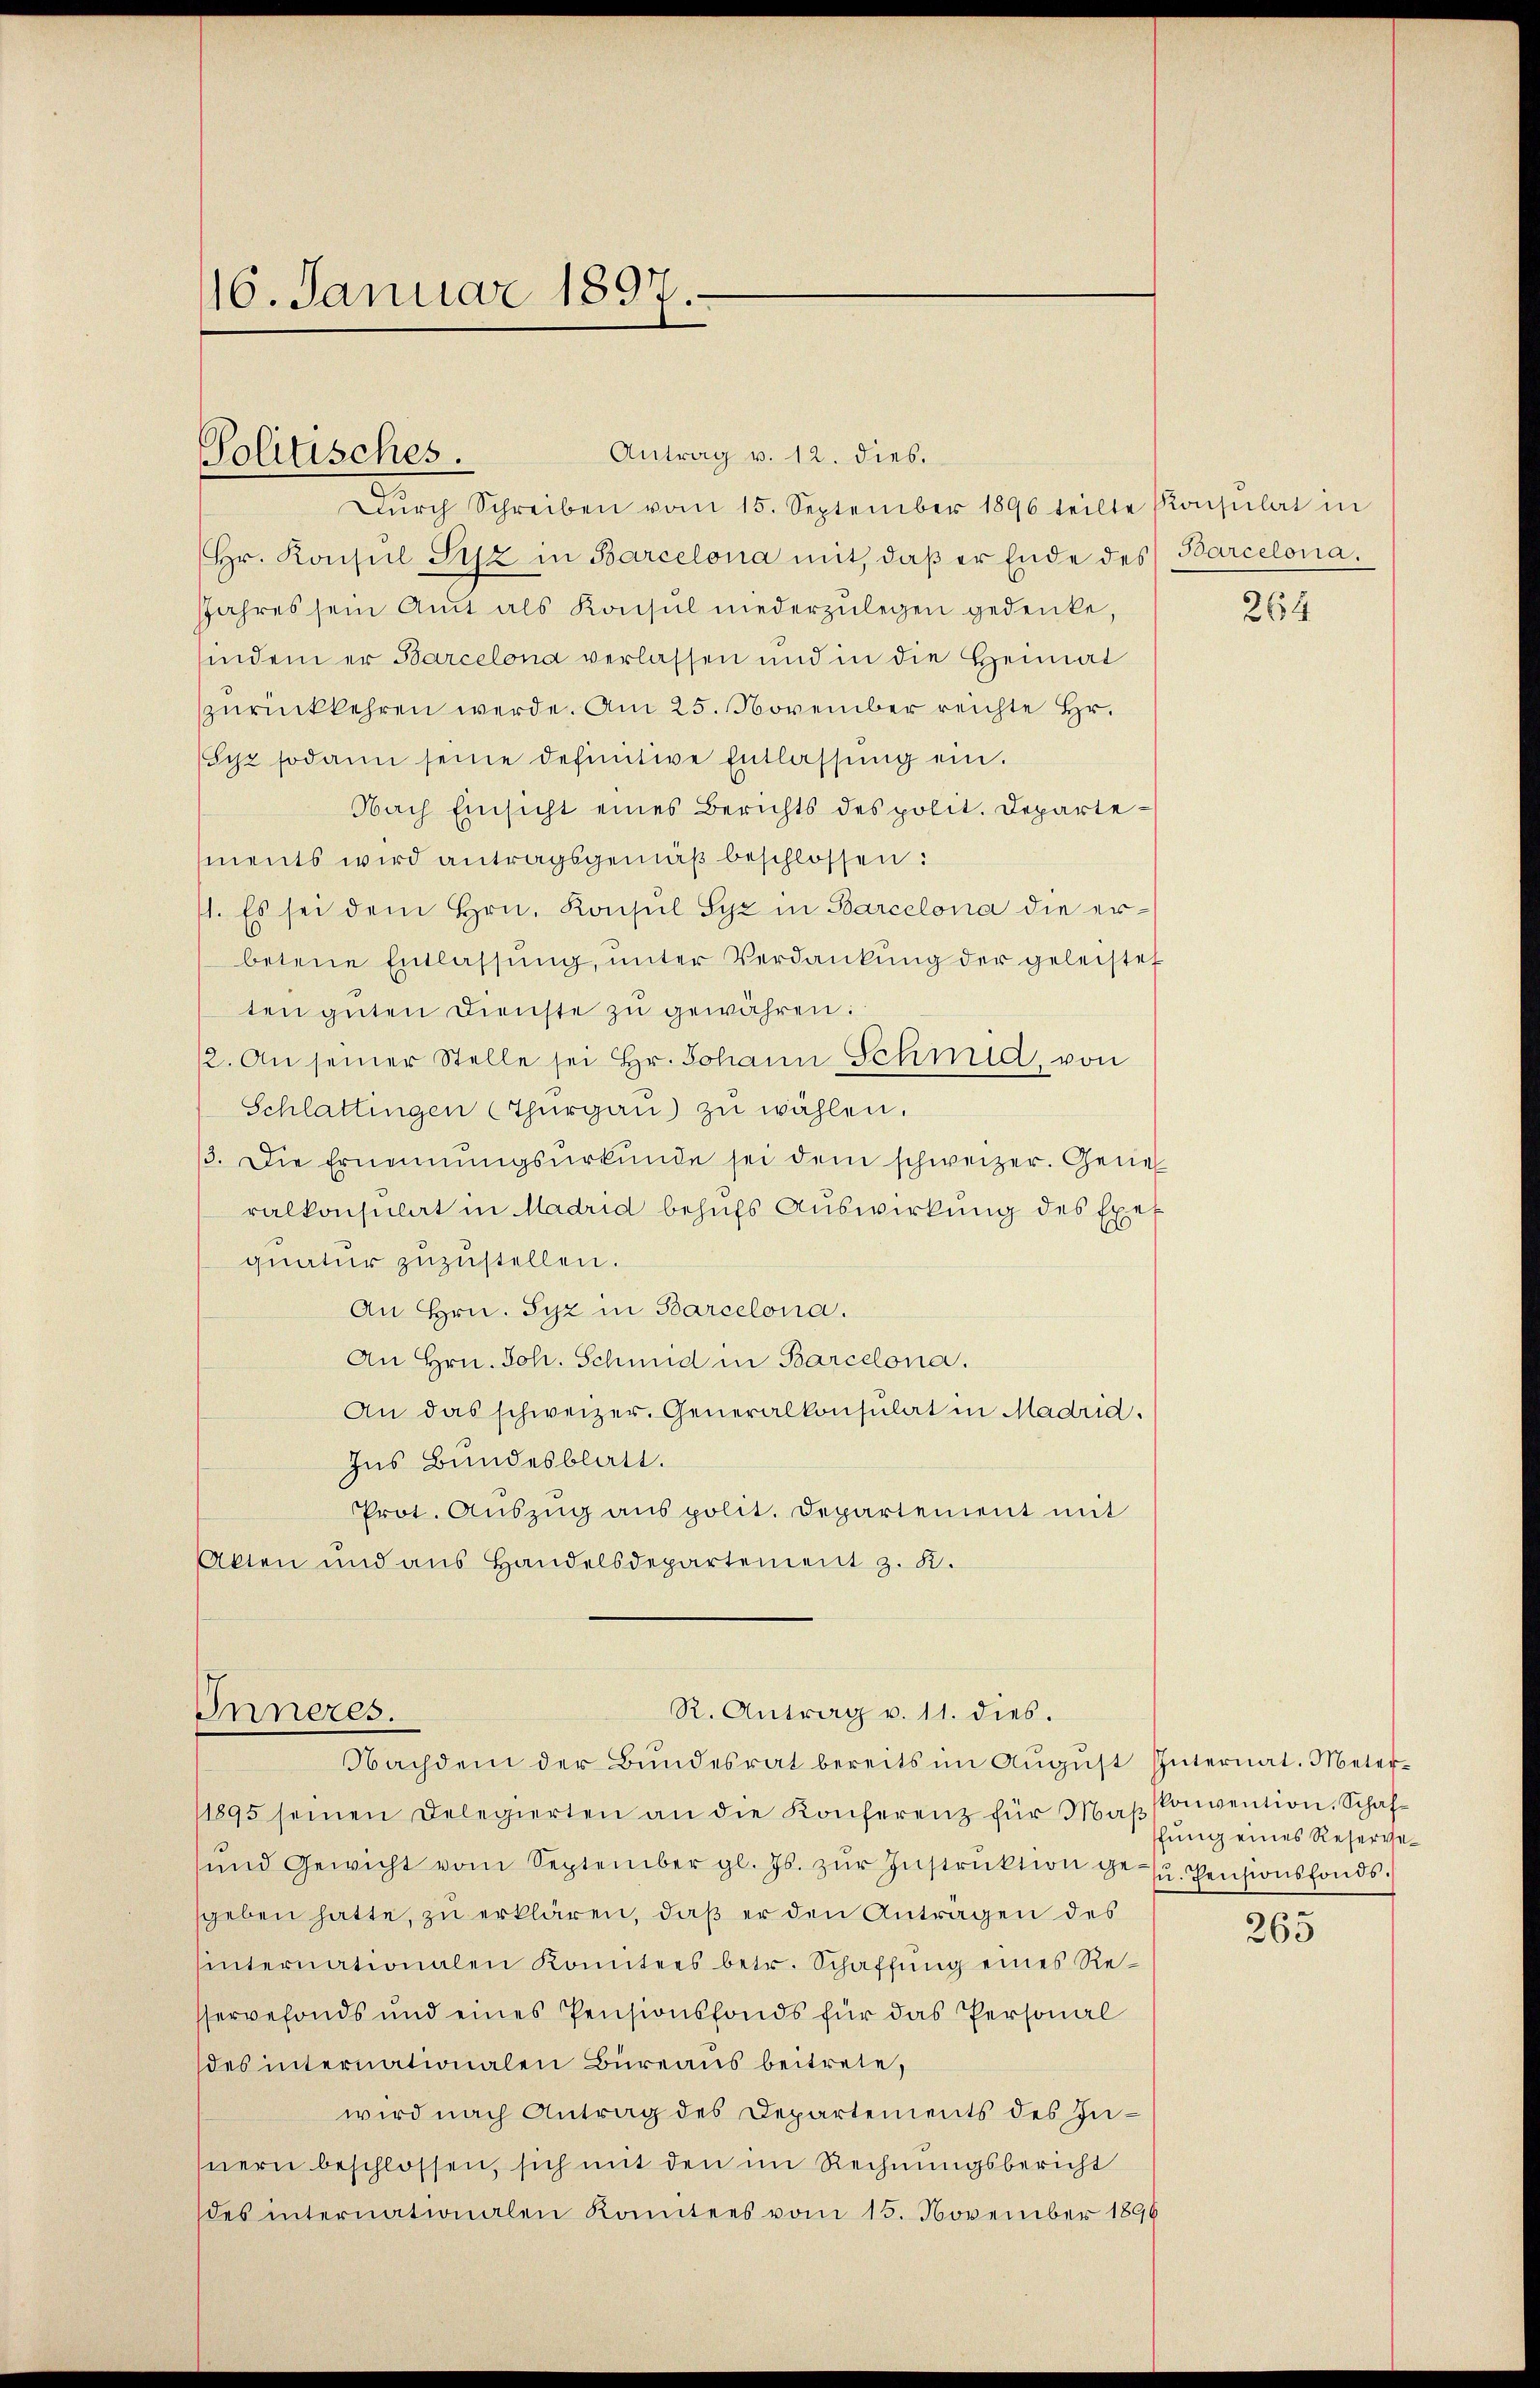
16. Januar 1897.

Antrag v. 12. dies.
Dŭrch Schreiben vom 15. September 1896 teilte Konsulat in
r. Konsul Siz in Barcelona mit, daβ er Ende des Barcelona.
JJahres sein Amt als Konsŭl niederzŭlegen gedenke,
indem er Barcelona verlassen und in die Heimat
zurückkehren werde. Am 25. November reichte Hr.
Syz sodann seine definitive Entlassŭng ein.
Nach Einsicht eines Berichts des polit. Departements wird antragsgemäß beschlossen:
1. Es sei dem Hrn. Konsul Syz in Barcelona die erbetene Entlassŭng ŭnter Verdankŭng der geleistet
ten guten Dienste zu gewähren:
12. An seiner Stelle sei Hr. Johann Schmid, von
Schlattingen (Thŭrgaŭ) zu wählen.
3. Die Ernennŭngsŭrkŭnde sei dem schweizer. Gene
ralkonsulat in Madrid behufs Auswirkung des Exet
quatur zuzustellen.
An Hrn. Syz in Barcelona.
An Hrn. Joh. Schmid in Barcelona.
An das schweizer. Generalkonsulat in Madrid.
Ins Bundesblatt.
Prot. Auszug aus polit. Departement mit
Akten und aus Handelsdepartement z. K.

Politisches.

R. Antrag v. 11. dies.
Inneres.
Nachdem der Bŭndesrat bereits im Aŭgŭst Internat. Meter-

1895 seinen Delegierten an die Konferenz für Maβsonvention, Schafŭnd Gewicht vom September gl. Js. zŭr Instrŭktion des Pensionsfonds.
sgeben hatte, zu erklären, daß er den Antragen des
internationalen konntens betr. Schaffung eines Resservefonds und eines Pensionsfonds für das Personal
des internationalen Büreaus beitrete,
wird nach Antrag des Departements des Innern beschlossen, sich mit den im Rechnungsbericht
des internationalen konntens vom 15. November 1896

264

ffung eines Reserver

265